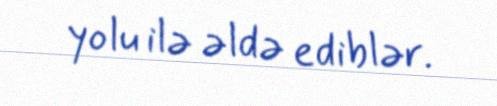
yolu ilə əldə ediblər.